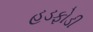
હડફોડી